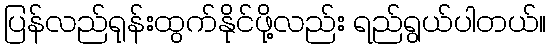
ပြန်လည်ရုန်းထွက်နိုင်ဖို့လည်း ရည်ရွယ်ပါတယ်။